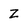
Character: Z